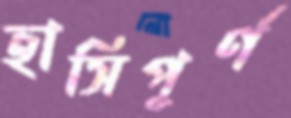
হাসিপূর্ণ